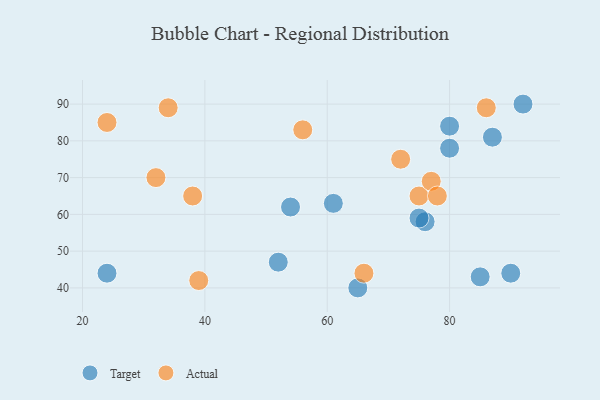
{"axis": {"x": "GDP", "y": "Life Expectancy"}, "legend": ["Actual", "Target"], "data": [{"x": "65", "y": 40, "type": "Target"}, {"x": "90", "y": 44, "type": "Target"}, {"x": "85", "y": 43, "type": "Target"}, {"x": "54", "y": 62, "type": "Target"}, {"x": "24", "y": 44, "type": "Target"}, {"x": "76", "y": 58, "type": "Target"}, {"x": "80", "y": 78, "type": "Target"}, {"x": "92", "y": 90, "type": "Target"}, {"x": "80", "y": 84, "type": "Target"}, {"x": "87", "y": 81, "type": "Target"}, {"x": "75", "y": 59, "type": "Target"}, {"x": "61", "y": 63, "type": "Target"}, {"x": "52", "y": 47, "type": "Target"}, {"x": "38", "y": 65, "type": "Actual"}, {"x": "75", "y": 65, "type": "Actual"}, {"x": "34", "y": 89, "type": "Actual"}, {"x": "72", "y": 75, "type": "Actual"}, {"x": "24", "y": 85, "type": "Actual"}, {"x": "86", "y": 89, "type": "Actual"}, {"x": "77", "y": 69, "type": "Actual"}, {"x": "66", "y": 44, "type": "Actual"}, {"x": "78", "y": 65, "type": "Actual"}, {"x": "32", "y": 70, "type": "Actual"}, {"x": "39", "y": 42, "type": "Actual"}, {"x": "56", "y": 83, "type": "Actual"}]}